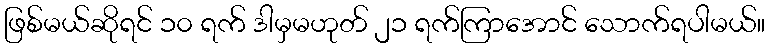
ဖြစ်မယ်ဆိုရင် ၁၀ ရက် ဒါမှမဟုတ် ၂၁ ရက်ကြာအောင် သောက်ရပါမယ်။